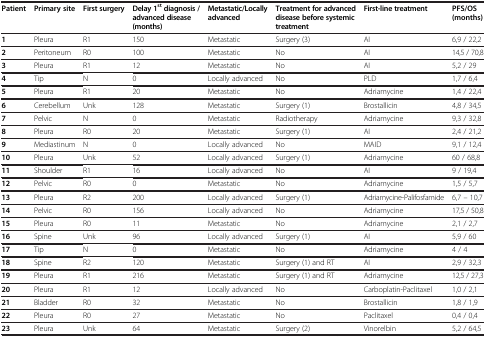
<table><thead><tr><td><b>Patient</b></td><td><b>Primary site</b></td><td><b>First surgery</b></td><td><b>Delay 1<sup>st </sup>diagnosis / advanced disease (months)</b></td><td><b>Metastatic/Locally advanced</b></td><td><b>Treatment for advanced disease before systemic treatment</b></td><td><b>First-line treatment</b></td><td><b>PFS/OS(months)</b></td></tr></thead><tbody><tr><td><b>1</b></td><td>Pleura</td><td>R1</td><td>150</td><td>Metastatic</td><td>Surgery (3)</td><td>AI</td><td>6,9 / 22,2</td></tr><tr><td><b>2</b></td><td>Peritoneum</td><td>R0</td><td>100</td><td>Metastatic</td><td>No</td><td>AI</td><td>14,5 / 70,8</td></tr><tr><td><b>3</b></td><td>Pleura</td><td>R1</td><td>12</td><td>Metastatic</td><td>No</td><td>AI</td><td>5,2 / 29</td></tr><tr><td><b>4</b></td><td>Tip</td><td>N</td><td>0</td><td>Locally advanced</td><td>No</td><td>PLD</td><td>1,7 / 6,4</td></tr><tr><td><b>5</b></td><td>Pleura</td><td>R1</td><td>20</td><td>Metastatic</td><td>No</td><td>Adriamycine</td><td>1,4 / 22,4</td></tr><tr><td><b>6</b></td><td>Cerebellum</td><td>Unk</td><td>128</td><td>Metastatic</td><td>Surgery (1)</td><td>Brostallicin</td><td>4,8 / 34,5</td></tr><tr><td><b>7</b></td><td>Pelvic</td><td>N</td><td>0</td><td>Metastatic</td><td>Radiotherapy</td><td>Adriamycine</td><td>9,3 / 32,8</td></tr><tr><td><b>8</b></td><td>Pleura</td><td>R0</td><td>20</td><td>Metastatic</td><td>Surgery (1)</td><td>AI</td><td>2,4 / 21,2</td></tr><tr><td><b>9</b></td><td>Mediastinum</td><td>N</td><td>0</td><td>Locally advanced</td><td>No</td><td>MAID</td><td>9,1 / 12,4</td></tr><tr><td><b>10</b></td><td>Pleura</td><td>Unk</td><td>52</td><td>Locally advanced</td><td>Surgery (1)</td><td>Adriamycine</td><td>60 / 68,8</td></tr><tr><td><b>11</b></td><td>Shoulder</td><td>R1</td><td>16</td><td>Locally advanced</td><td>No</td><td>AI</td><td>9 / 19,4</td></tr><tr><td><b>12</b></td><td>Pelvic</td><td>R0</td><td>0</td><td>Metastatic</td><td>No</td><td>Adriamycine</td><td>1,5 / 5,7</td></tr><tr><td><b>13</b></td><td>Pleura</td><td>R2</td><td>200</td><td>Locally advanced</td><td>Surgery (1)</td><td>Adriamycine-Palifosfamide</td><td>6,7 – 10,7</td></tr><tr><td><b>14</b></td><td>Pelvic</td><td>R0</td><td>156</td><td>Locally advanced</td><td>No</td><td>Adriamycine</td><td>17,5 / 50,8</td></tr><tr><td><b>15</b></td><td>Pleura</td><td>R0</td><td>11</td><td>Metastatic</td><td>No</td><td>Adriamycine</td><td>2,1 / 2,7</td></tr><tr><td><b>16</b></td><td>Spine</td><td>Unk</td><td>96</td><td>Locally advanced</td><td>Surgery (1)</td><td>AI</td><td>5,9 / 60</td></tr><tr><td><b>17</b></td><td>Tip</td><td>N</td><td>0</td><td>Metastatic</td><td>No</td><td>Adriamycine</td><td>4 / 4</td></tr><tr><td><b>18</b></td><td>Spine</td><td>R2</td><td>120</td><td>Metastatic</td><td>Surgery (1) and RT</td><td>AI</td><td>2,9 / 32,3</td></tr><tr><td><b>19</b></td><td>Pleura</td><td>R1</td><td>216</td><td>Metastatic</td><td>Surgery (1) and RT</td><td>Adriamycine</td><td>12,5 / 27,3</td></tr><tr><td><b>20</b></td><td>Pleura</td><td>R1</td><td>12</td><td>Locally advanced</td><td>No</td><td>Carboplatin-Paclitaxel</td><td>1,0 / 2,1</td></tr><tr><td><b>21</b></td><td>Bladder</td><td>R0</td><td>32</td><td>Metastatic</td><td>No</td><td>Brostallicin</td><td>1,8 / 1,9</td></tr><tr><td><b>22</b></td><td>Pleura</td><td>R0</td><td>27</td><td>Metastatic</td><td>No</td><td>Paclitaxel</td><td>0,4 / 0,4</td></tr><tr><td><b>23</b></td><td>Pleura</td><td>Unk</td><td>64</td><td>Metastatic</td><td>Surgery (2)</td><td>Vinorelbin</td><td>5,2 / 64,5</td></tr></tbody></table>